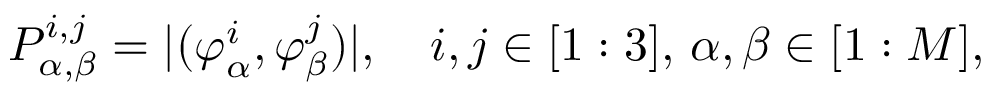
\begin{array} { r } { P _ { \alpha , \beta } ^ { i , j } = | ( \boldsymbol { \varphi } _ { \alpha } ^ { i } , \boldsymbol { \varphi } _ { \beta } ^ { j } ) | , \quad i , j \in [ 1 : 3 ] , \, \alpha , \beta \in [ 1 : M ] , } \end{array}